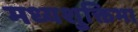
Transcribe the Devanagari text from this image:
मध्यशुक्तिभा